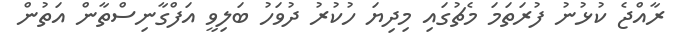
ރާއްޖެ ކުޅުނު ފުރަތަމަ މެޗުގައި މިދިޔަ ހުކުރު ދުވަހު ބަލިވީ އަފްގާނިސްތާން އަތުން